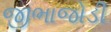
જીભાજોડી